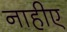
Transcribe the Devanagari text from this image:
नाहीए